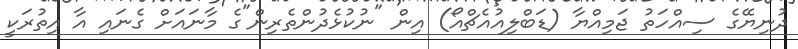
ދުނިޔޭގެ ސިއްހަތުު ޖަމިއްޔާ (ޑަބްލިއުއެޗްއޯ) އިން "ނުކުޅެދުންތެރިން"ގެ މާނައަށް ގެނައި އާ އިތުރަކީ